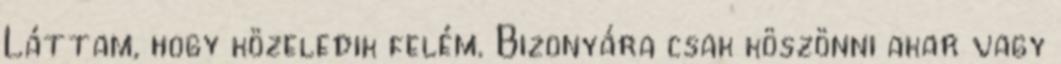
Láttam, hogy közeledik felém. Bizonyára csak köszönni akar vagy